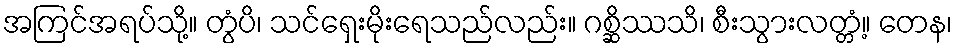
အကြင်အရပ်သို့။ တွံပိ၊ သင်ရှေးမိုးရေသည်လည်း။ ဂစ္ဆိဿသိ၊ စီးသွားလတ္တံ့။ တေန၊